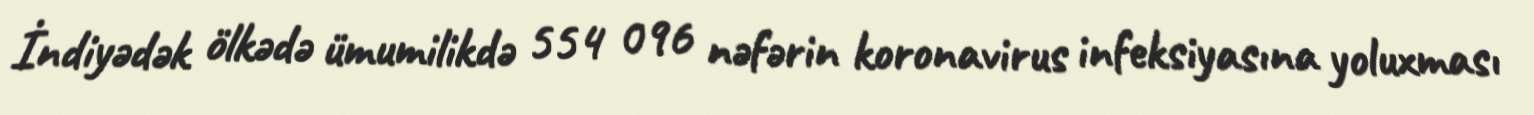
İndiyədək ölkədə ümumilikdə 554 096 nəfərin koronavirus infeksiyasına yoluxması